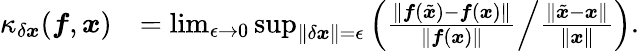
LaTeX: \begin{array}{rl}{\kappa_{\delta\boldsymbol{x}}(\boldsymbol{f},\boldsymbol{x})}&{=\operatorname*{lim}_{\epsilon\rightarrow 0}\operatorname*{sup}_{\Vert\delta\boldsymbol{x}\Vert=\epsilon}\left(\left.\frac{\Vert\boldsymbol{f}(\tilde{\boldsymbol{x}})-\boldsymbol{f}(\boldsymbol{x})\Vert}{\Vert\boldsymbol{f}(\boldsymbol{x})\Vert}\right/\frac{\Vert\tilde{\boldsymbol{x}}-\boldsymbol{x}\Vert}{\Vert\boldsymbol{x}\Vert}\right).}\end{array}